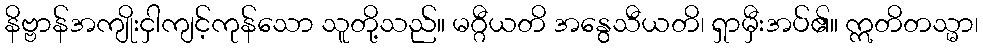
နိဗ္ဗာန်အကျိုးငှါကျင့်ကုန်သော သူတို့သည်။ မဂ္ဂီယတိ အနွေသီယတိ၊ ရှာမှီးအပ်၏။ ဣတိတသ္မာ၊